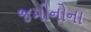
જમીનોના